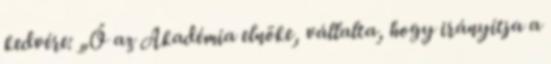
kedvére: „Ő az Akadémia elnöke, vállalta, hogy irányítja a